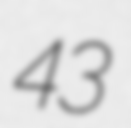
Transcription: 43